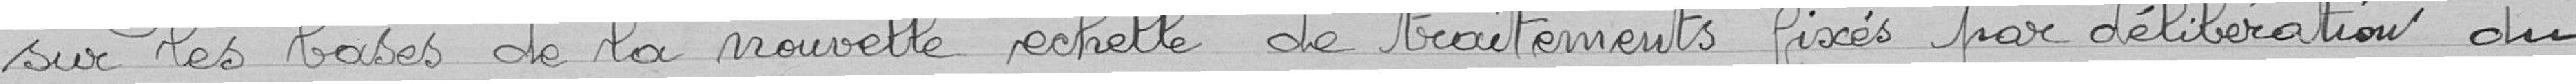
sur les bases de la nouvelle échelle de traitements fixés par délibération du